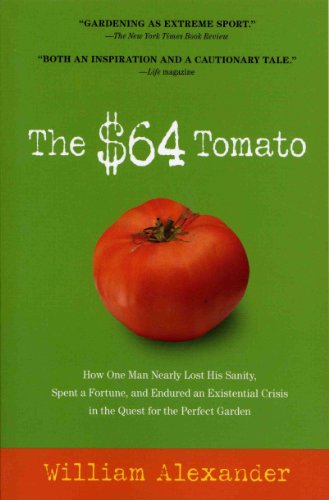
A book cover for The $64 Tomato: How One Man Nearly Lost His Sanity, Spent a Fortune, and Endured an Existential Crisis in the Quest for the Perfect Garden; William Alexander; Crafts, Hobbies & Home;